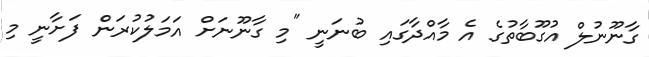
ގާނޫނުލް އުގޫބާތުގެ އެ މާއްދާގައި ބުނަނީ "މި ގާނޫނަށް އަމަލުކުރަން ފަށާނީ މި